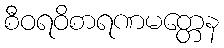
စီဝရဝိစာရဏမတ္တေန